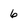
Character: 6